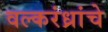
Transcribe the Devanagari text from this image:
वल्करंध्रांचे